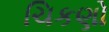
ચિકણો